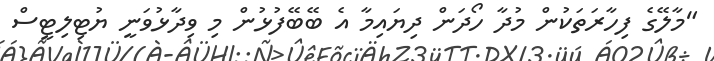
"މާލޭގެ ފިހާރަތަކުން މުދާ ހޯދަން ދިޔައިމާ އެ ބޭބޭފުޅުން މި ވިދާޅުވަނީ ޔުޓިލިޓީސް